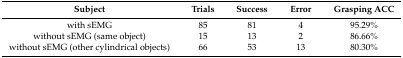
| Subject | Trials | Success | Error | Grasping ACC |
 | --- | --- | --- | --- | --- |
 | with sEMG | 85 | 81 | 4 | 95.29% |
 | without sEMG (same object) | 15 | 13 | 2 | 86.66% |
 | without sEMG (other cylindrical objects) | 66 | 53 | 13 | 80.30% |